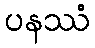
ပနဿံ